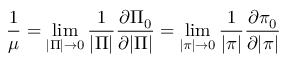
\frac { 1 } { \mu } = \operatorname * { l i m } _ { | \Pi | \rightarrow 0 } \frac { 1 } { | \Pi | } \frac { \partial \Pi _ { 0 } } { \partial | \Pi | } = \operatorname * { l i m } _ { | \pi | \rightarrow 0 } \frac { 1 } { | \pi | } \frac { \partial \pi _ { 0 } } { \partial | \pi | }